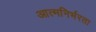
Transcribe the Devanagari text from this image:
आत्‍मनिर्भरता